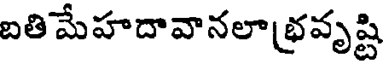
బతి మేహదావానలాభవృష్టి